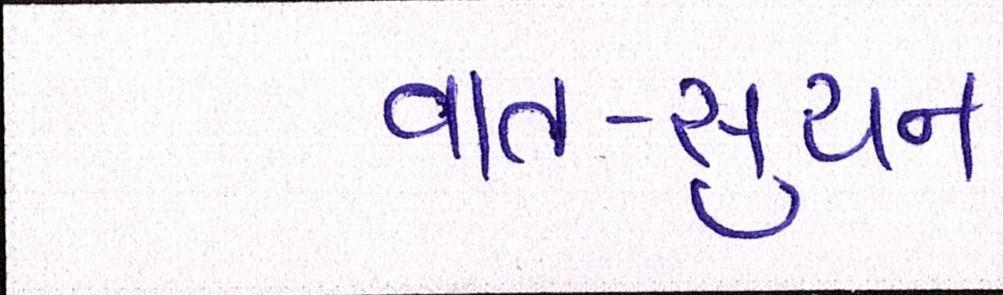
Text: વાત-સુચન